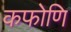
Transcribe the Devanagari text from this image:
कफोणि